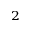
_ 2